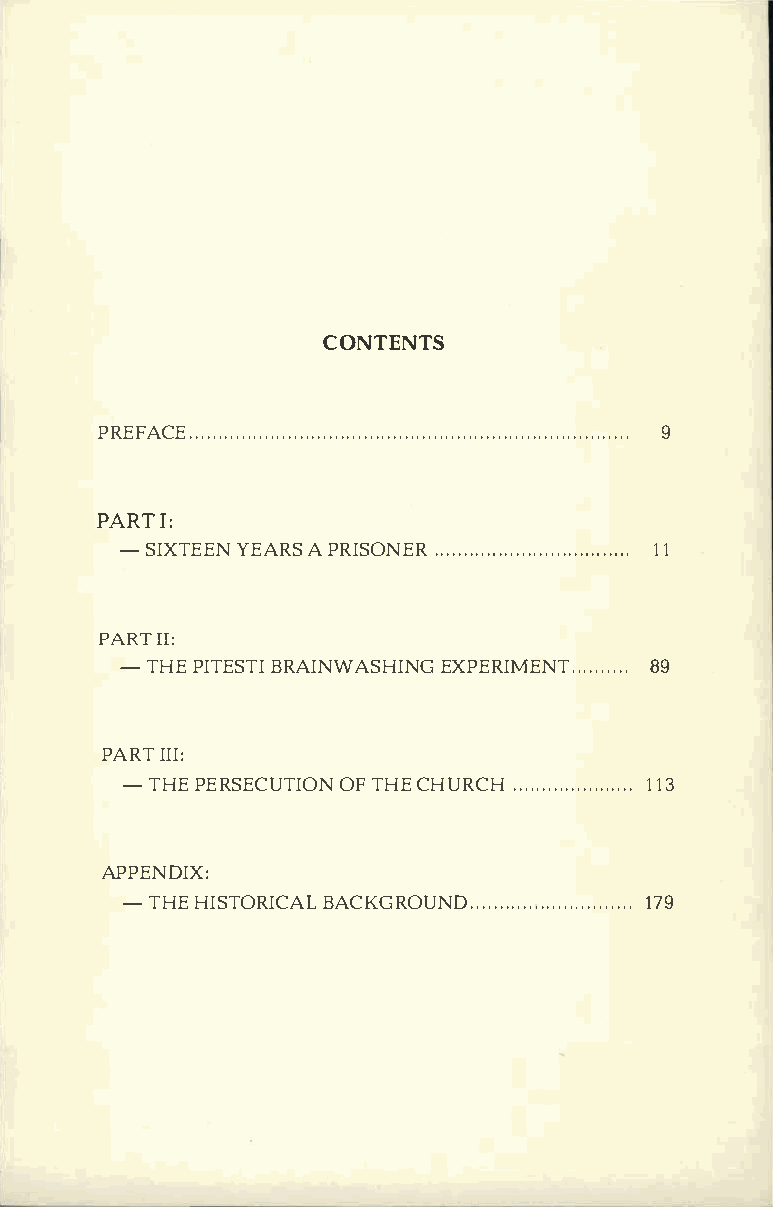
CONTENTS
 PREFACE....................9.         .......................................................
 PARIT:
 - SIXTEYEENA RASP RISON.E .R . . . . 1.1 . . . . . . . . . .  . .  . .  . . .  . .  . .  . .  . .  . .
 PARTI I:
 -THEP ITEBSRTAII NWASHEIXNPGE RIMENT.8.9. .......
 PARITI I:
 - THEP ERSECUOTFIT OHNEC HURC.H.... .. ... .. ... . .. .1. 1.3
 APPENDIX:
 - THEH ISTORIBCAACLK GROUND......1.7.9. ...................